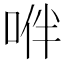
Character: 𠴞